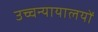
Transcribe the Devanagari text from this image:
उच्चन्यायालयों